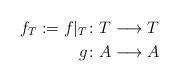
LaTeX: \begin{align*} f_{T}:=f|_{T} & \colon T \longrightarrow T\\ g & \colon A \longrightarrow A \end{align*}